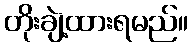
တိုးချဲ့ထားရမည်။